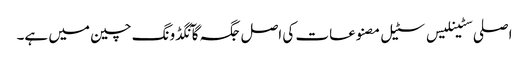
اصلی سٹینلیس سٹیل مصنوعات کی اصل جگہ گآنگڈونگ چین میں ہے۔